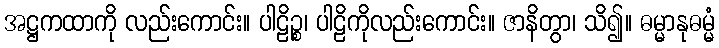
အဋ္ဌကထာကို လည်းကောင်း။ ပါဠိဉ္စ၊ ပါဠိကိုလည်းကောင်း။ ဇာနိတွာ၊ သိ၍။ ဓမ္မာနုဓမ္မံ